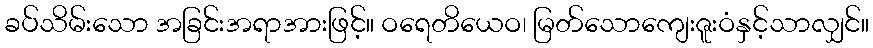
ခပ်သိမ်းသော အခြင်းအရာအားဖြင့်။ ဝရေတိယေဝ၊ မြတ်သောကျေးဇူးဝံနှင့်သာလျှင်။